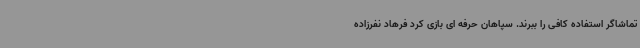
تماشاگر استفاده کافی را ببرند. سپاهان حرفه ای بازی کرد فرهاد نفرزاده